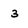
Character: 3